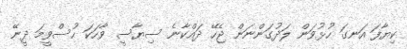
ކިޔާފަ އަނގަ ހުޅުވަން ލަދުގަންނަން ޖެހޭ ދައްކާނެ ސިޔާސީ ވާހަކަ ހުސްވީމަ ދީނޭ